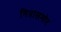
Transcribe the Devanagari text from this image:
मित्रासमोर